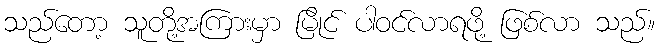
သည်တော့ သူတို့အကြားမှာ မြိုင် ပါဝင်လာရဖို့ ဖြစ်လာ သည်။